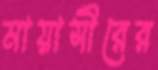
মায়াসীরের